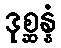
ဒုစ္ဆန္နံ